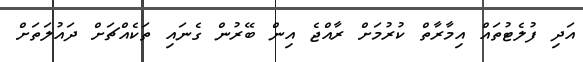
އަދި ފުލެޓުތައް އިމާރާތް ކުރުމަށް ރާއްޖެ އިން ބޭރުން ގެނައި ތަކެއްޗަށް ދައުލަތަށް